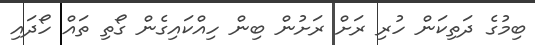
ބިމުގެ ދަތިކަން ހުރި ރަށް ރަށުން ބިން ހިއްކައިގެން ގޯތި ތައް ހޯދައި